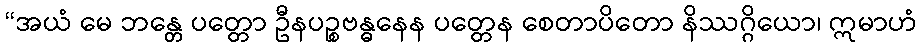
“အယံ မေ ဘန္တေ ပတ္တော ဦနပဉ္စဗန္ဓနေန ပတ္တေန စေတာပိတော နိဿဂ္ဂိယော၊ ဣမာဟံ